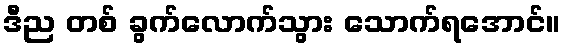
ဒီည တစ် ခွက်လောက်သွား သောက်ရအောင်။